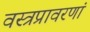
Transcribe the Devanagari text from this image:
वस्त्रप्रावरणां